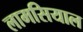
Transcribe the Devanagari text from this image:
लामसियाल